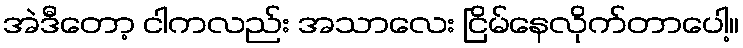
အဲဒီတော့ ငါကလည်း အသာလေး ငြိမ်နေလိုက်တာပေါ့။